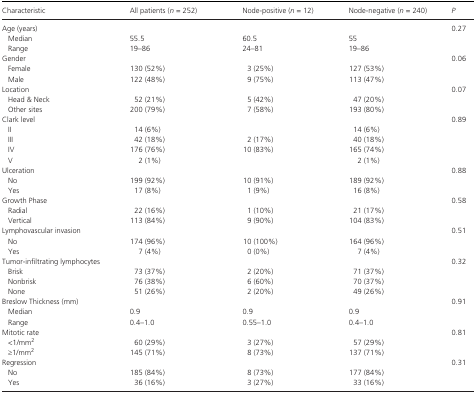
<table><thead><tr><td><b>Characteristic</b></td><td><b>All patients (<i>n</i> = 252)</b></td><td><b>Node‐positive (<i>n</i> = 12)</b></td><td><b>Node‐negative (<i>n</i> = 240)</b></td><td><b><i>P</i></b></td></tr></thead><tbody><tr><td>Age (years)</td><td> </td><td> </td><td> </td><td>0.27</td></tr><tr><td>Median</td><td>55.5</td><td>60.5</td><td>55</td><td> </td></tr><tr><td>Range</td><td>19–86</td><td>24–81</td><td>19–86</td><td> </td></tr><tr><td>Gender</td><td> </td><td> </td><td> </td><td>0.06</td></tr><tr><td>Female</td><td>130 (52%)</td><td>3 (25%)</td><td>127 (53%)</td><td> </td></tr><tr><td>Male</td><td>122 (48%)</td><td>9 (75%)</td><td>113 (47%)</td><td> </td></tr><tr><td>Location</td><td> </td><td> </td><td> </td><td>0.07</td></tr><tr><td>Head &amp; Neck</td><td>52 (21%)</td><td>5 (42%)</td><td>47 (20%)</td><td> </td></tr><tr><td>Other sites</td><td>200 (79%)</td><td>7 (58%)</td><td>193 (80%)</td><td> </td></tr><tr><td>Clark level</td><td> </td><td> </td><td> </td><td>0.89</td></tr><tr><td>II</td><td>14 (6%)</td><td> </td><td>14 (6%)</td><td> </td></tr><tr><td>III</td><td>42 (18%)</td><td>2 (17%)</td><td>40 (18%)</td><td> </td></tr><tr><td>IV</td><td>176 (76%)</td><td>10 (83%)</td><td>165 (74%)</td><td> </td></tr><tr><td>V</td><td>2 (1%)</td><td></td><td>2 (1%)</td><td></td></tr><tr><td>Ulceration</td><td> </td><td> </td><td> </td><td>0.88</td></tr><tr><td>No</td><td>199 (92%)</td><td>10 (91%)</td><td>189 (92%)</td><td> </td></tr><tr><td>Yes</td><td>17 (8%)</td><td>1 (9%)</td><td>16 (8%)</td><td> </td></tr><tr><td>Growth Phase</td><td> </td><td> </td><td> </td><td>0.58</td></tr><tr><td>Radial</td><td>22 (16%)</td><td>1 (10%)</td><td>21 (17%)</td><td> </td></tr><tr><td>Vertical</td><td>113 (84%)</td><td>9 (90%)</td><td>104 (83%)</td><td> </td></tr><tr><td>Lymphovascular invasion</td><td> </td><td> </td><td> </td><td>0.51</td></tr><tr><td>No</td><td>174 (96%)</td><td>10 (100%)</td><td>164 (96%)</td><td> </td></tr><tr><td>Yes</td><td>7 (4%)</td><td>0 (0%)</td><td>7 (4%)</td><td> </td></tr><tr><td>Tumor‐infiltrating lymphocytes</td><td> </td><td> </td><td> </td><td>0.32</td></tr><tr><td>Brisk</td><td>73 (37%)</td><td>2 (20%)</td><td>71 (37%)</td><td> </td></tr><tr><td>Nonbrisk</td><td>76 (38%)</td><td>6 (60%)</td><td>70 (37%)</td><td> </td></tr><tr><td>None</td><td>51 (26%)</td><td>2 (20%)</td><td>49 (26%)</td><td> </td></tr><tr><td>Breslow Thickness (mm)</td><td> </td><td> </td><td> </td><td>0.91</td></tr><tr><td>Median</td><td>0.9</td><td>0.9</td><td>0.9</td><td> </td></tr><tr><td>Range</td><td>0.4–1.0</td><td>0.55–1.0</td><td>0.4–1.0</td><td> </td></tr><tr><td>Mitotic rate</td><td> </td><td> </td><td> </td><td>0.81</td></tr><tr><td>&lt;1/mm<sup>2</sup></td><td>60 (29%)</td><td>3 (27%)</td><td>57 (29%)</td><td> </td></tr><tr><td>≥1/mm<sup>2</sup></td><td>145 (71%)</td><td>8 (73%)</td><td>137 (71%)</td><td> </td></tr><tr><td>Regression</td><td> </td><td> </td><td> </td><td>0.31</td></tr><tr><td>No</td><td>185 (84%)</td><td>8 (73%)</td><td>177 (84%)</td><td> </td></tr><tr><td>Yes</td><td>36 (16%)</td><td>3 (27%)</td><td>33 (16%)</td><td> </td></tr></tbody></table>